Streptothrix isolated from the spleen of a leper - Number 51
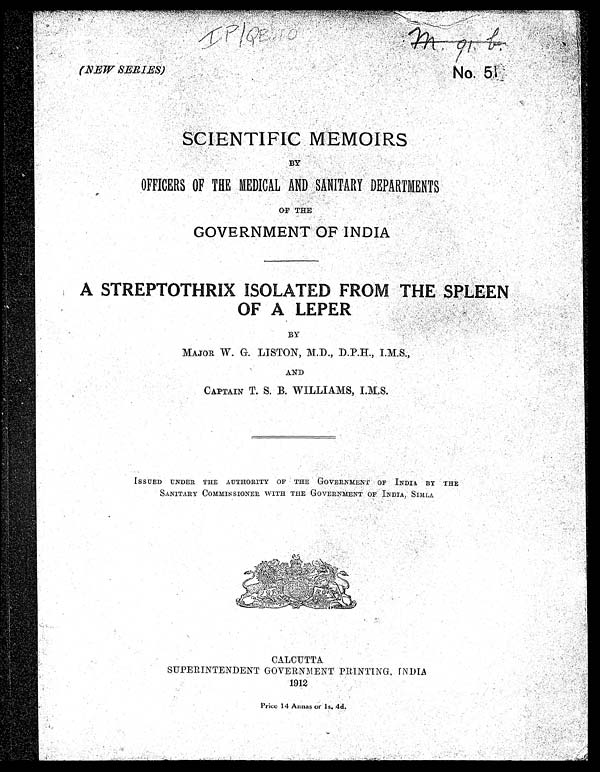
IP|QE 10
m . 9 1 . b
No. 51
(
N E W
S
ERIES)
SCIENTIFIC MEMOIRS
BY
OFFICERS OF THE MEDICAL AND SANITARY DEPARTMENTS
O
F THE
GO VERNMENT OF INDIA
A
STRE PTOTHRIX ISOLATED FROM THE
SPLEEN
O
F A LEPER
BY
MAJOR W. G. LISTON, M.D., D.P.H., I.M.S.,
AND
CAPTAIN T. S. B. WILLIAMS, I.M.S.
ISSUED UNDER THE AUTHORITY OF THE GOVERNMENT OF INDIA BY THE
SANITARY CO
MM
ISS IO
NE R WITH THE GOVERN
MENT
O
F INDIA, SI
MLA.
CALCUTTA
SUPERINTENDENT GOVERNMENT PRINTING, IN
DIA
1912
Price 14 Annas or 1s. 4d.